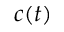
c ( t )